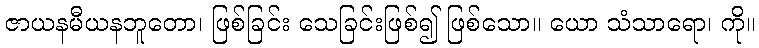
ဇာယနမီယနဘူတော၊ ဖြစ်ခြင်း သေခြင်းဖြစ်၍ ဖြစ်သော။ ယော သံသာရော၊ ကို။